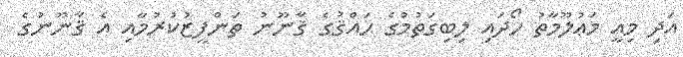
އަދި މިއީ މަޢުލޫމާތު ހޯދައި ލިބިގަތުމުގެ ޙައްޤުގެ ޤާނޫނު ތަންފީޒުކުރުމާއި އެ ޤާނޫނުގެ